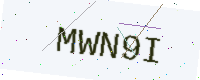
Text: MWN9I